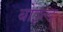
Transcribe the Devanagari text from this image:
बोइल्ड